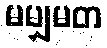
မမျှမတ